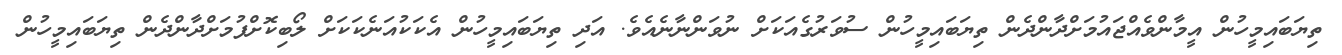
ތިޔަބައިމީހުން އީމާންވެއްޖައުމަށްދާންދެން ތިޔަބައިމީހުން ސުވަރުގެއަކަށް ނުވަންނާނެއެވެ. އަދި ތިޔަބައިމީހުން އެކަކުއަނެކަކަށް ލޯބިކޮށްފުމަށްދާންދެން ތިޔަބައިމީހުން